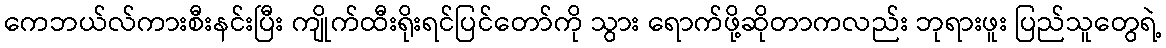
ကေဘယ်လ်ကားစီးနင်းပြီး ကျိုက်ထီးရိုးရင်ပြင်တော်ကို သွား ရောက်ဖို့ဆိုတာကလည်း ဘုရားဖူး ပြည်သူတွေရဲ့